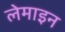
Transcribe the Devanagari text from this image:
लेमाइन